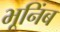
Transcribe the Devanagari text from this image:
भूनिंब